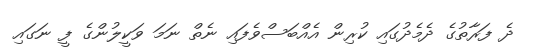
ދެ ފަރާތުގެ ދެމެދުގައި ކުރިން އެއްބަސްވެފައި ނެތް ނަމަ ވަކީލުންގެ ފީ ނަގައި